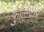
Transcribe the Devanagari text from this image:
फुल्मिनेट